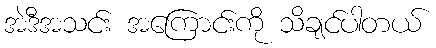
အဲဒီအသင်း အကြောင်းကို သိချင်ပါတယ်